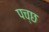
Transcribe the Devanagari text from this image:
पच्छ